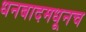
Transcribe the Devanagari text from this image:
धनबादमधूनच